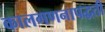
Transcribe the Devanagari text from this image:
कालगणनापद्धती